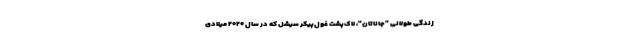
زندگی طولانی "جاناتان"، لاک‌پشت غول‌پیکر سیشل که در سال ۲۰۲۰ میلادی